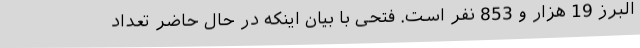
البرز 19 هزار و 853 نفر است. فتحی با بیان اینکه در حال حاضر تعداد